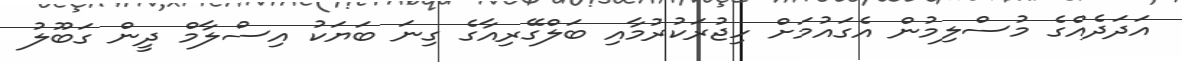
އަދަދެއްގެ މުސްލިމުން އެގައުމަށް ހިޖުރަކުރުމާއި ބަލްގޭރިއާގެ ގިނަ ބަޔަކު އިސްލާމް ދީން ގަބޫލު